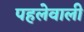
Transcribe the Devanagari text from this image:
पहलेवाली